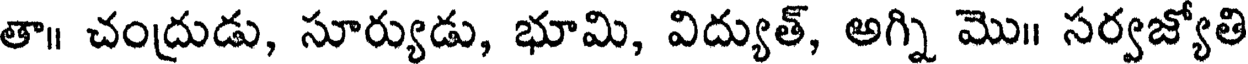
తా॥ చంద్రుడు, సూర్యుడు, భూమి, విద్యుత్, అగ్ని మొ॥ సర్వజ్యోతి